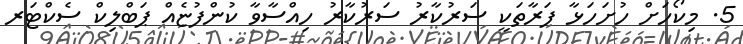
5. މިކޯހަށް ހުށަހަޅާ ފަރާތަކީ ސަރުކާރު ސަރުކާރު ހިއްސާވާ ކުންފުޏެއް ޕަބްލިކް ސެކްޓަރ